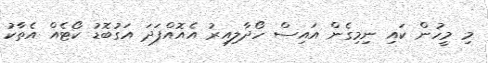
މި މީހުން ކައި ނިމިގެން އައިސް ހޯދާލިއިރު އެއޮއްފަދަ އަގުބޮޑު ކޯޓެއް އެތާކު